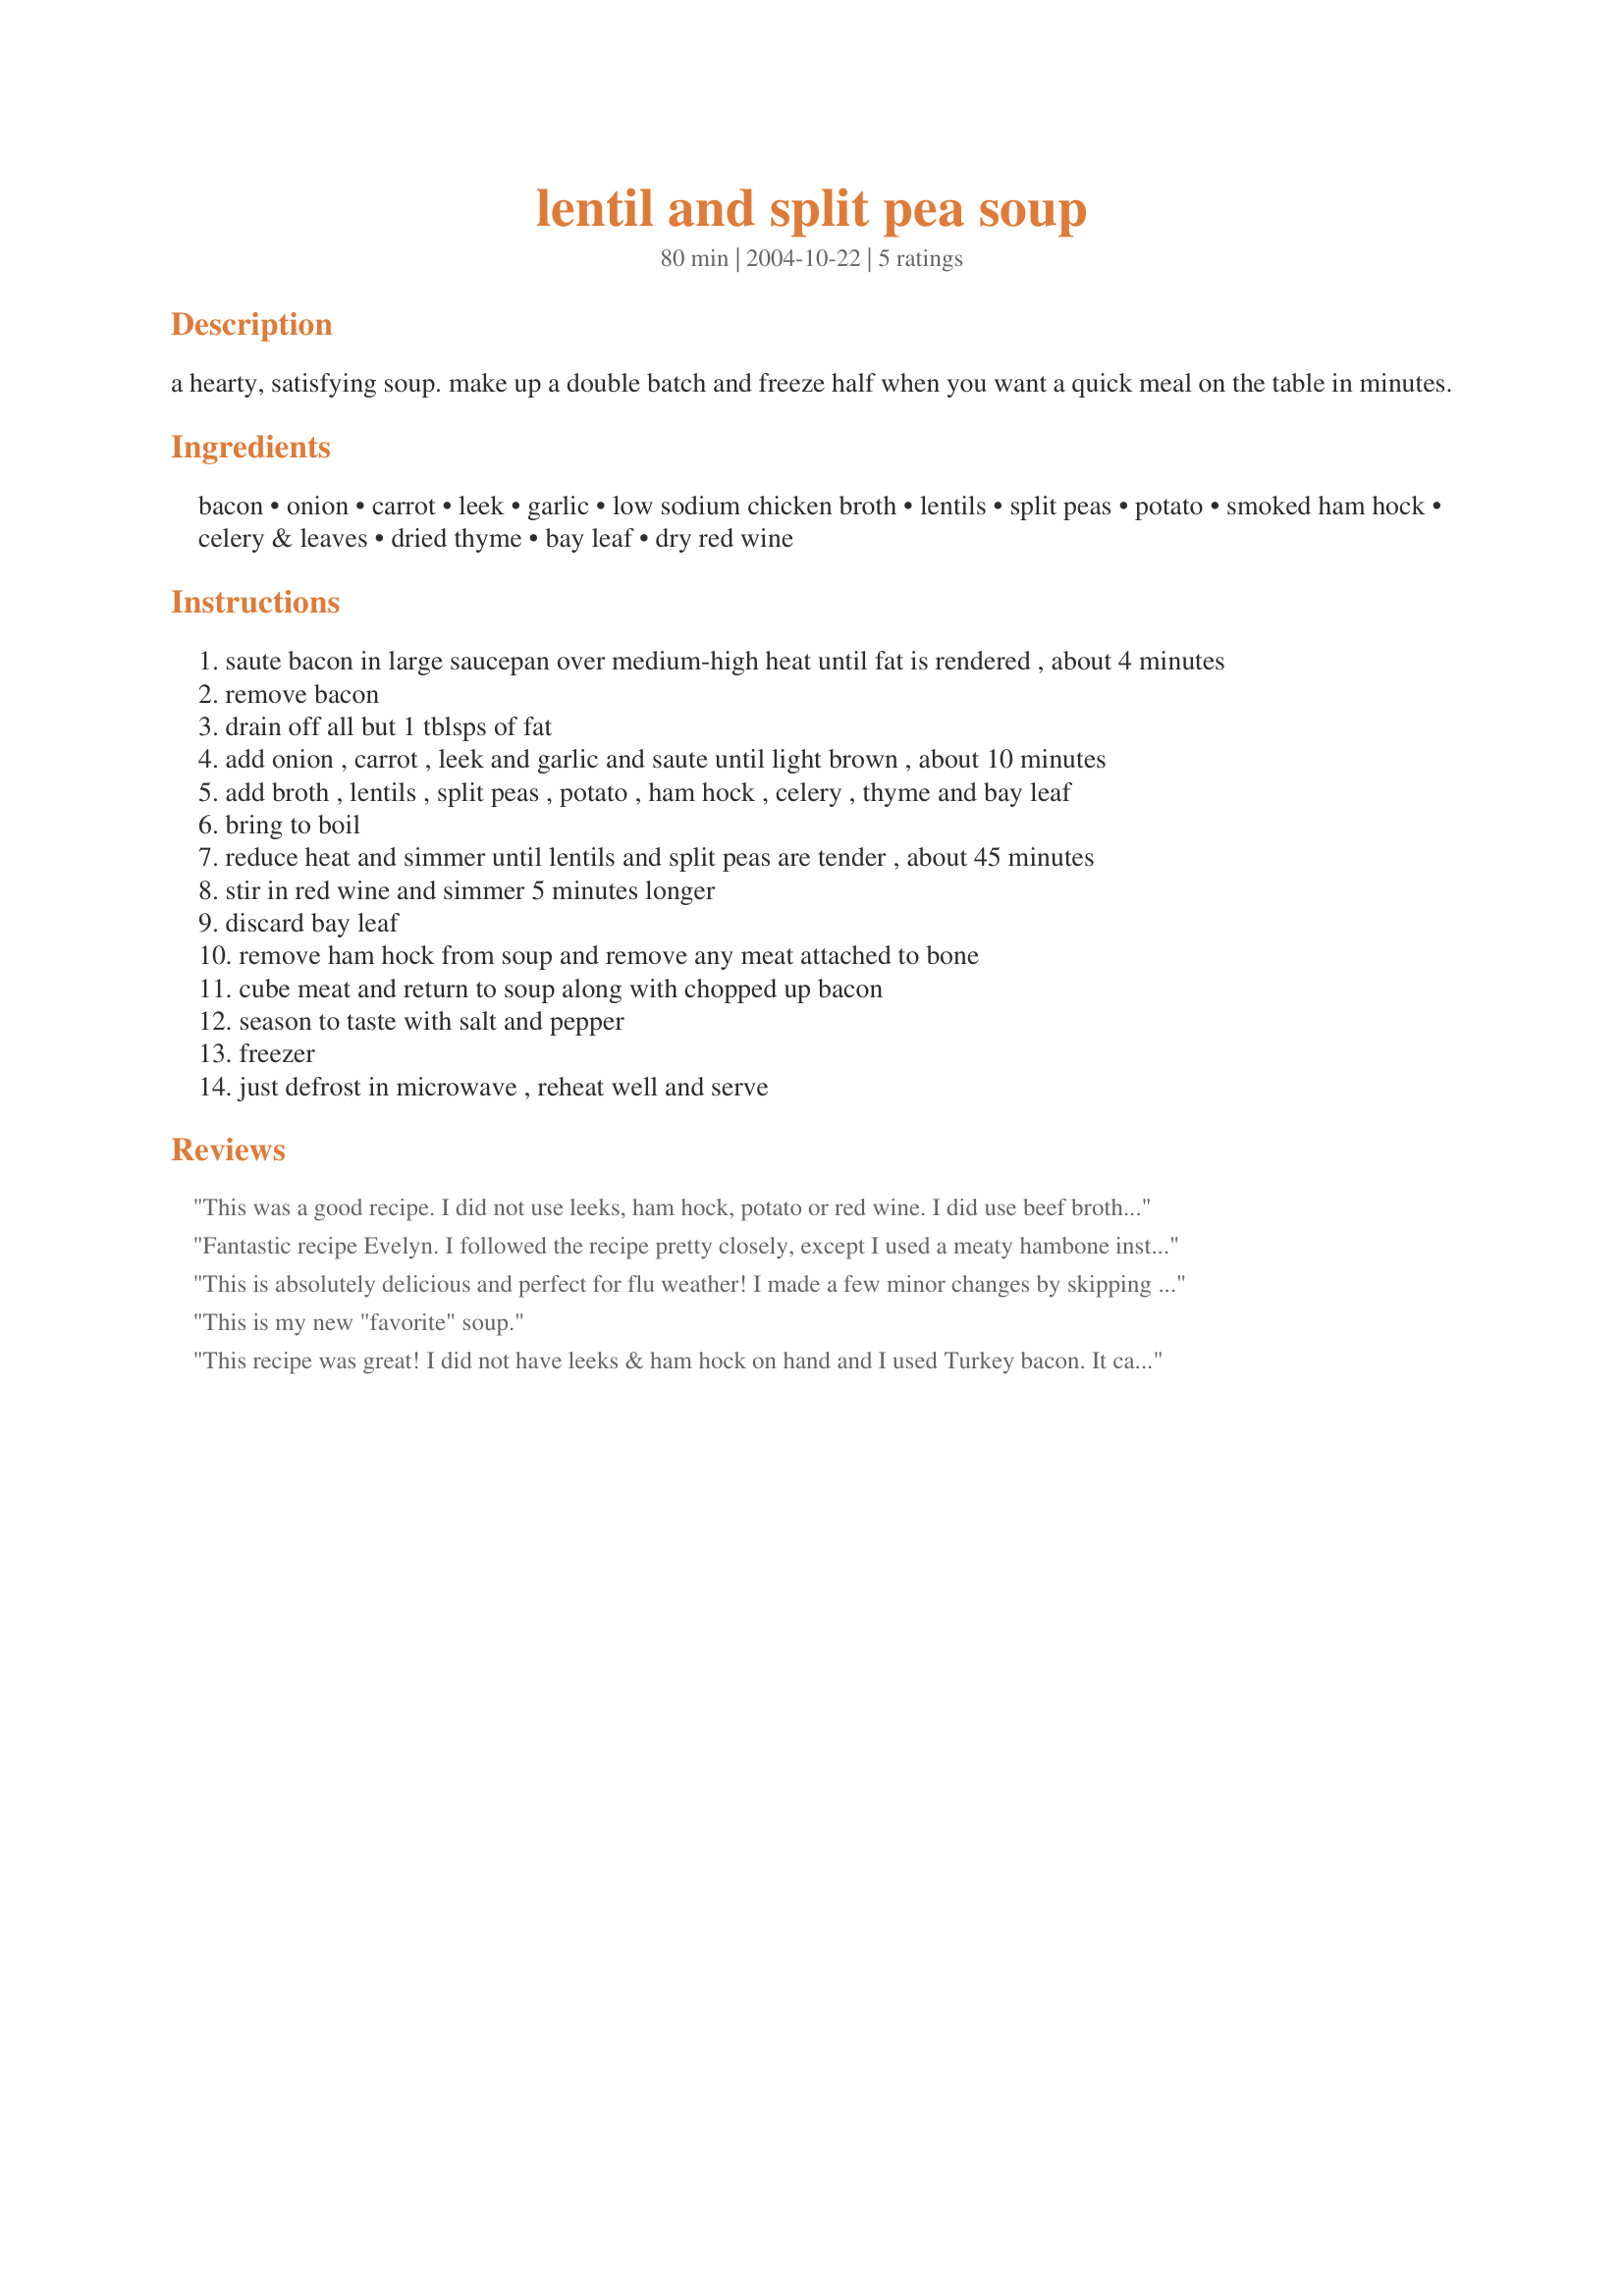
lentil and split pea soup
Preparation time: 80 minutes

a hearty, satisfying soup. make up a double batch and freeze half when you want a quick meal on the table in minutes.

Ingredients:
bacon, onion, carrot, leek, garlic, low sodium chicken broth, lentils, split peas, potato, smoked ham hock, celery & leaves, dried thyme, bay leaf, dry red wine

Steps:
saute bacon in large saucepan over medium-high heat until fat is rendered , about 4 minutes
remove bacon
drain off all but 1 tblsps of fat
add onion , carrot , leek and garlic and saute until light brown , about 10 minutes
add broth , lentils , split peas , potato , ham hock , celery , thyme and bay leaf
bring to boil
reduce heat and simmer until lentils and split peas are tender , about 45 minutes
stir in red wine and simmer 5 minutes longer
discard bay leaf
remove ham hock from soup and remove any meat attached to bone
cube meat and return to soup along with chopped up bacon
season to taste with salt and pepper
freezer
just defrost in microwave , reheat well and serve

Reviews:
This was a good recipe. I did not use leeks, ham hock, potato or red wine. I did use beef broth, swiss chard, and extra onion. Very good soup.
Fantastic recipe Evelyn. I followed the recipe pretty closely, except I used a meaty hambone instead of hocks, marjoram instead of the thyme and at the very last minute I discovered we didn't have any red wine. Shock horror there, lol. <br/>I also used ordinary stock, which on reflection I could have watered down slightly. I saut?ed everything together and then finished in the slow cooker for 4 hours, so the bacon got slowcooked as well, which I only realised later. I added a splash of balsamic as a sort of sub the red wine. No matter, it was still very good. I particularly liked how the grated potato seemed to give it a creamy feel without being too stodgy. <br/>I will definitely make again.
This is absolutely delicious and perfect for flu weather! I made a few minor changes by skipping the leeks and for the broth I used 2 cups chicken broth, 2 cups V-8 and 2 cups water (because I ran out of chicken broth). I also skipped the ham hock and subbed some smoked turkey sausage which I added after the soup cooked for about 20 minutes. Thanks for sharing this delicious cold-weather soup which we will be having often this winter!
This is my new "favorite" soup.
This recipe was great! I did not have leeks & ham hock on hand and I used Turkey bacon. It came out great! I had reg chicken broth as apposed to low-sodium so I didnt add salt. Perfect! Definately a double recipe next time! Thanks
